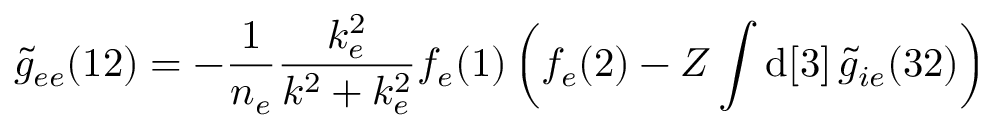
\widetilde { g } _ { e e } ( 1 2 ) = - \frac { 1 } { n _ { e } } \frac { k _ { e } ^ { 2 } } { k ^ { 2 } + k _ { e } ^ { 2 } } f _ { e } ( 1 ) \left( f _ { e } ( 2 ) - Z \int \mathrm { d } [ 3 ] \, \widetilde { g } _ { i e } ( 3 2 ) \right)